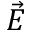
\vec { E }